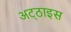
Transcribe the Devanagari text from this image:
अट्‌ठाइस